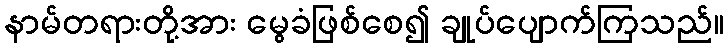
နာမ်တရားတို့အား မွေခံဖြစ်စေ၍ ချုပ်ပျောက်ကြသည်။